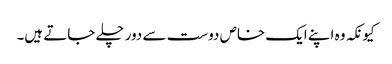
کیونکہ وہ اپنے ایک خاص دوست سے دور چلے جاتے ہیں۔